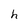
Character: h